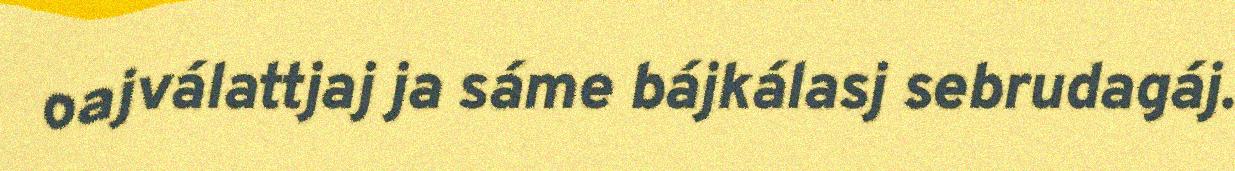
oajválattjaj ja sáme bájkálasj sebrudagáj.